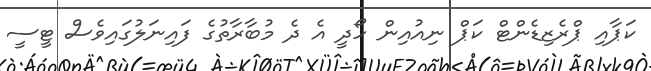
ކަޕާއި ޕްރެޒިޑެންޓް ކަޕް ނިއުއިން ހޯދީ އެ ދެ މުބާރާތުގެ ފައިނަލުގައިވެސް ޓީސީ